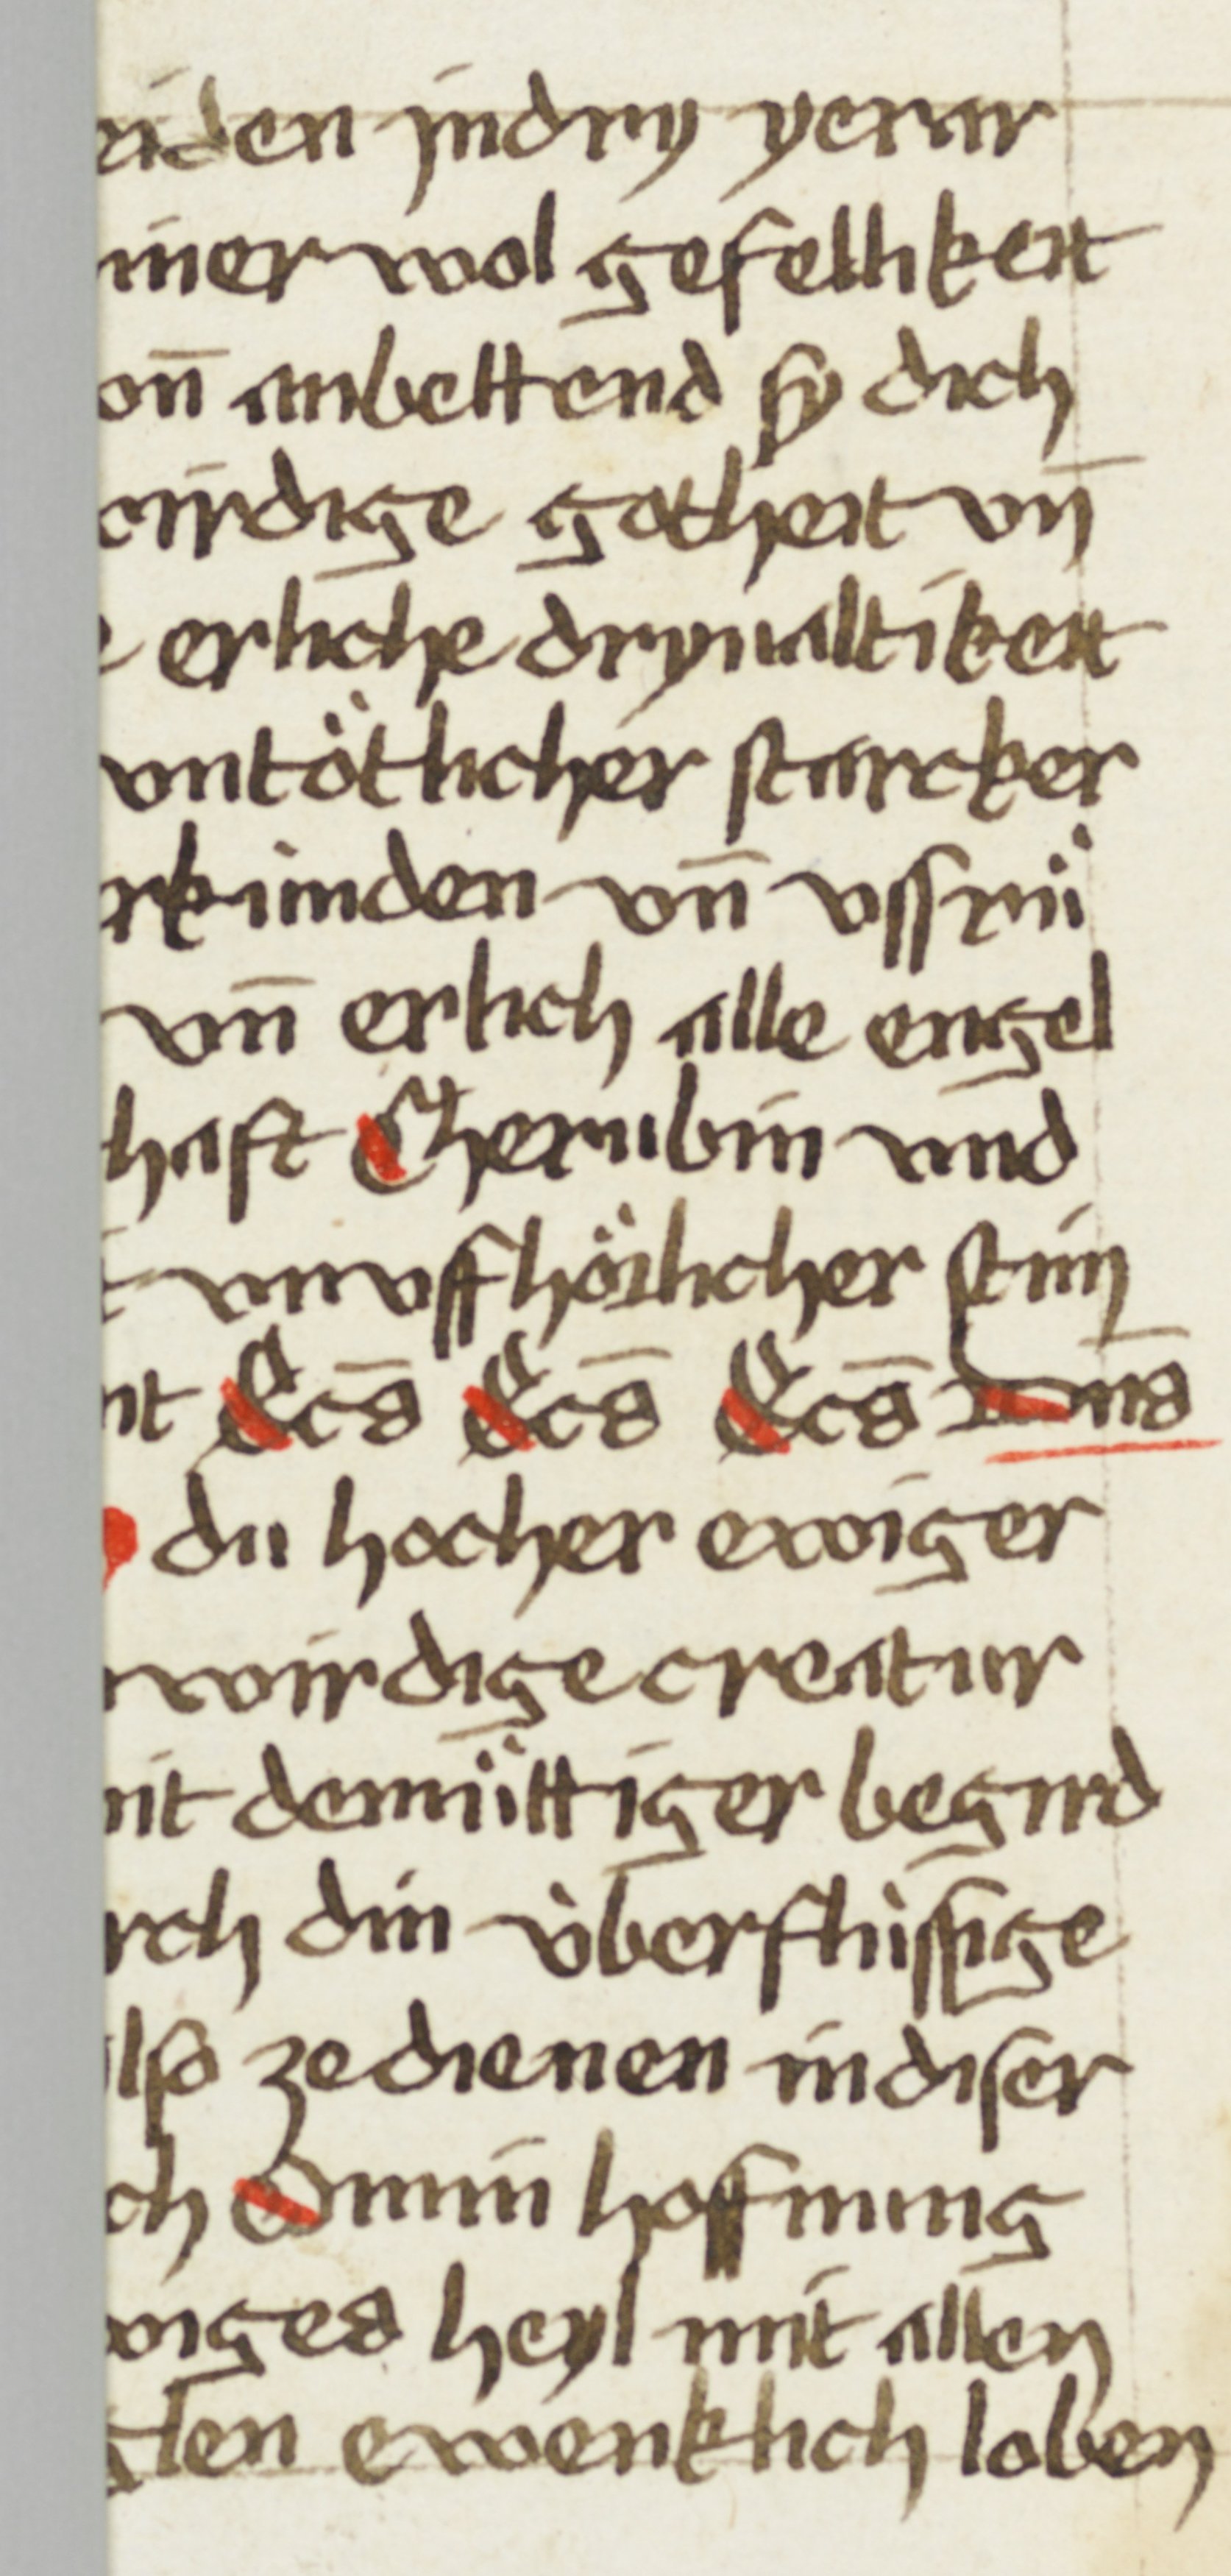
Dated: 1507–1507